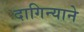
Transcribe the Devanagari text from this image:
दागिन्याने